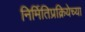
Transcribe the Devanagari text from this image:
निर्मितिप्रक्रियेच्या